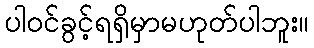
ပါဝင်ခွင့်ရရှိမှာမဟုတ်ပါဘူး။